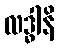
လဒ္ဓါနိ